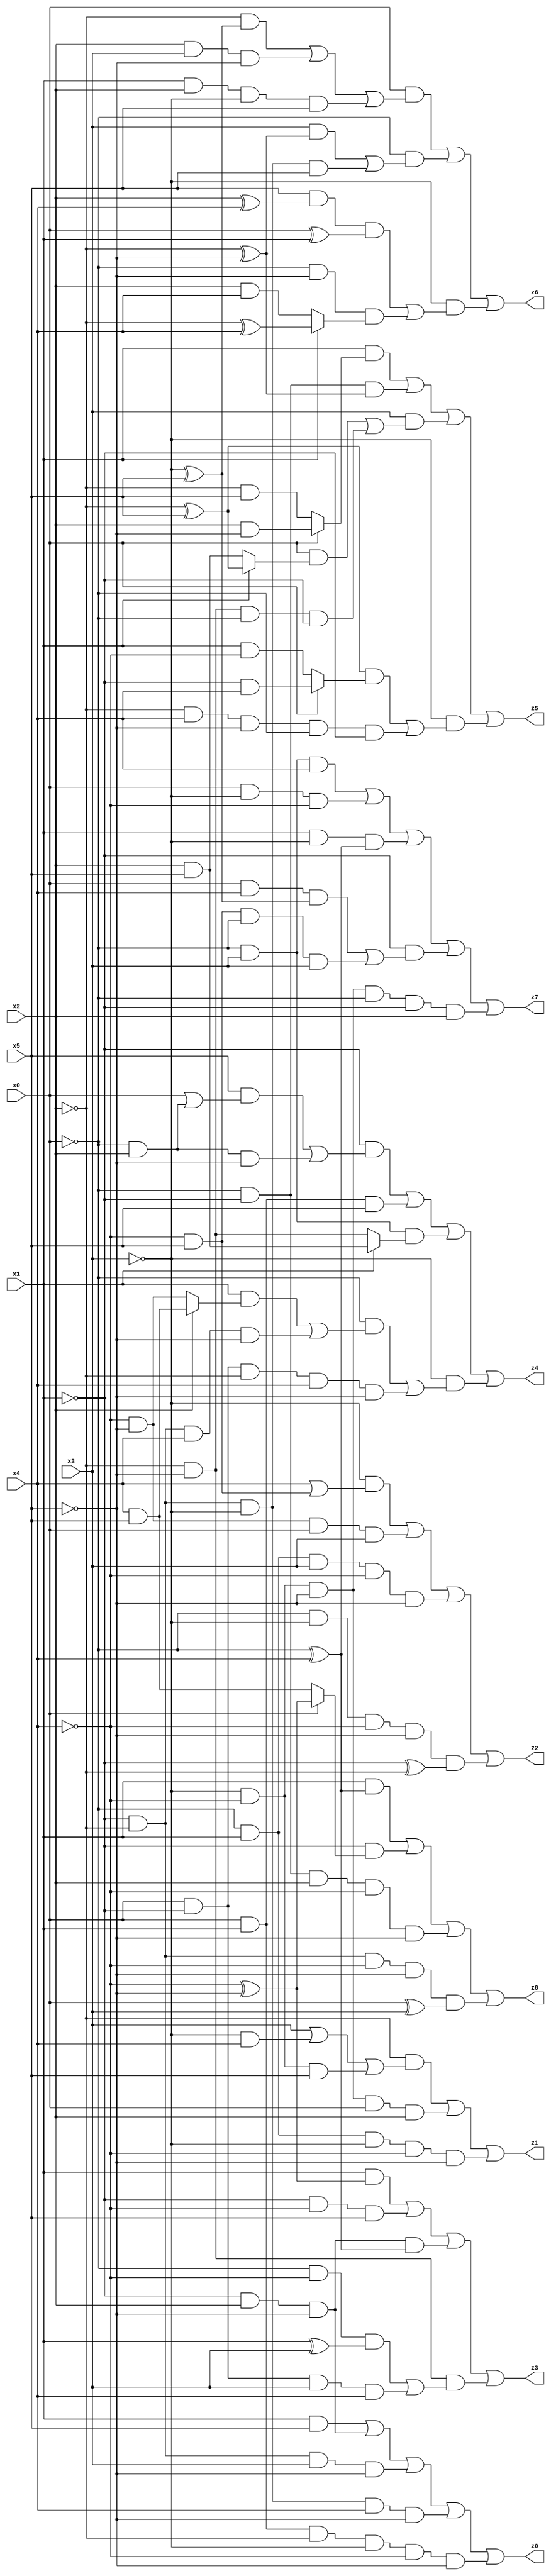
// Benchmark "X_40" written by ABC on Mon Jun 05 23:02:34 2023

module X_40 ( 
    x0, x1, x2, x3, x4, x5,
    z0, z1, z2, z3, z4, z5, z6, z7, z8  );
  input  x0, x1, x2, x3, x4, x5;
  output z0, z1, z2, z3, z4, z5, z6, z7, z8;
  assign z0 = (x1 & x5) | (~x1 & x2 & ~x5) | (~x1 & ~x2 & x3 & ~x5) | (~x1 & ~x2 & ~x3 & x4 & ~x5) | (x0 & x1 & ~x2 & ~x3 & ~x4 & ~x5);
  assign z1 = (~x2 & (x3 | (~x3 & x4) | (~x3 & ~x4 & x5))) | (~x3 & ~x4 & ~x5 & x0 & x2) | (~x0 & x1 & ~x3 & ~x4 & ~x5);
  assign z2 = (~x3 & (x4 | (~x4 & x5))) | (~x4 & ~x5 & x0 & x3) | (~x0 & x1 & x3 & ~x4 & ~x5) | (~x0 & ~x3 & ~x4 & ~x5 & (~x1 ^ ~x2));
  assign z3 = (x1 & (~x4 ^ ~x5)) | (~x1 & ~x4 & x5) | (~x1 & x2 & ~x5 & (~x0 ^ x4)) | (~x2 & ~x5 & ((~x0 & ~x4 & (x1 ^ x3)) | (x0 & ~x1 & x3 & x4)));
  assign z4 = (~x1 & ((x5 & (x0 | (~x0 & x2))) | (~x0 & x2 & ~x5))) | (x0 & x1 & x5) | (~x0 & x3 & (x1 ? (x2 & x5) : (~x2 & ~x5))) | (~x3 & ((~x0 & ((x1 & (x2 ? (x4 & x5) : (~x4 & ~x5))) | (~x1 & ~x2 & x4 & ~x5))) | (x0 & ~x1 & ~x2 & x4 & ~x5)));
  assign z5 = (x1 & (x0 ? (x2 & ~x5) : (~x2 & x5))) | (~x0 & ~x1 & (~x2 ^ ~x5)) | (x3 & ((x0 & (x1 ? (~x2 ^ x5) : (x2 & x5))) | (~x2 & ~x5 & ~x0 & ~x1))) | (~x3 & (((~x2 ^ x5) & (x0 ? (~x1 & x4) : (x1 & ~x4))) | (~x2 & x4 & ~x5 & ~x0 & ~x1)));
  assign z6 = (x0 & ((~x2 & (~x3 ^ x5)) | (x2 & x3 & ~x5) | (x1 & x2 & ~x3 & x5))) | (~x0 & ((x3 & (~x2 ^ ~x5)) | (~x1 & ~x2 & ~x3 & x5))) | (~x3 & ((x5 & (x2 ^ x4) & (x0 ^ x1)) | (~x0 & ~x5 & (x1 ? (~x2 ^ x4) : (x2 & x4)))));
  assign z7 = (~x0 & x3 & x4) | (x0 & ~x3 & ~x4) | (x1 & ~x3 & (~x0 ^ x4)) | (~x1 & ((x0 & x4 & (~x3 ^ x5)) | (~x4 & x5 & ~x0 & x3))) | (~x3 & ~x4 & ~x5 & ~x0 & ~x1 & x2);
  assign z8 = (x1 & (~x0 ^ x4)) | (~x1 & (x0 ? (~x4 ^ ~x5) : (x4 & x5))) | (~x0 & ~x1 & x2 & ~x4 & ~x5) | (~x1 & ~x2 & ~x4 & ~x5 & (x0 ^ x3));
endmodule